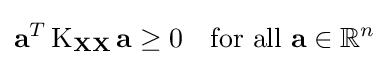
\mathbf {a} ^{T}\operatorname {K} _{\mathbf {X} \mathbf {X} }\mathbf {a} \geq 0\quad {\text{for all }}\mathbf {a} \in \mathbb {R} ^{n}